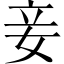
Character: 妾